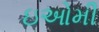
ઇઓમી